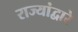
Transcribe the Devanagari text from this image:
राज्यांद्वारे